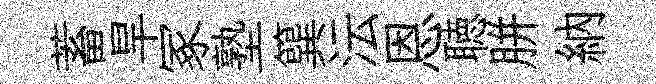
蓄旱冢塾簨沄恩聴胼納